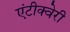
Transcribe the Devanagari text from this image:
एंटीक्वेरी